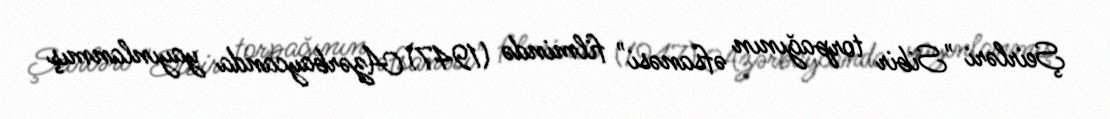
Şeirləri "Sibir torpağının əfsanəsi" filmində (1947) Azərbaycanda yayınlanmış